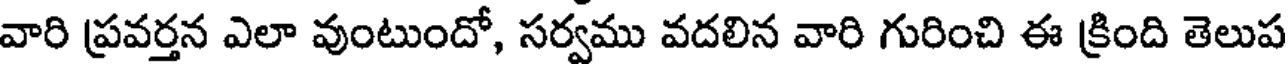
వారి ప్రవర్తన ఎలా వుంటుందో, సర్వము వదలిన వారి గురించి ఈ క్రింది తెలుప